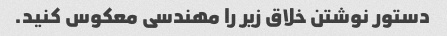
دستور نوشتن خلاق زیر را مهندسی معکوس کنید.